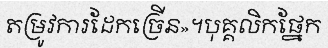
តម្រូវការដែកច្រើន»។បុគ្គលិកផ្នែក